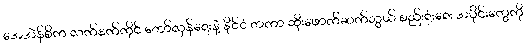
အေအဲန်စီက လက်နက်ကိုင် တော်လှန်ရေးနဲ့ နိုင်ငံ တကာ ထိုးဖောက်ဆက်သွယ် စည်းရုံးရေး အပိုင်းတွေကို